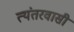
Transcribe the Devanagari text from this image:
त्यंतरवासी